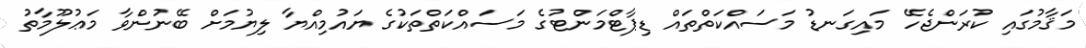
މަޤާމުގައި ކުރަންޖެހޭ މައިގަނޑު މަސައްކަތްތައް ޑިޕާޓްމަންޓުގެ މަސައްކަތްތަކުގެ ޔައުމިއްޔާ ލިޔުމަށް ބޭނުންވާ މަޢުލޫމާތު